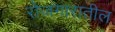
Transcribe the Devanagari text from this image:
रोजगारातील